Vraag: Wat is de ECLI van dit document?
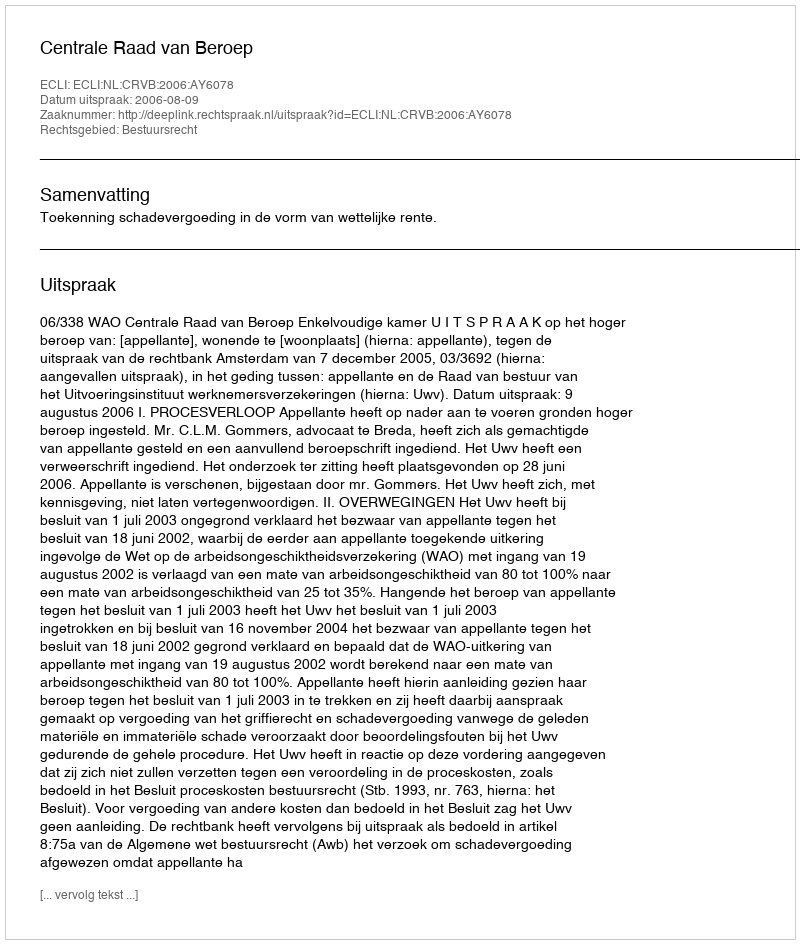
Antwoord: ECLI:NL:CRVB:2006:AY6078